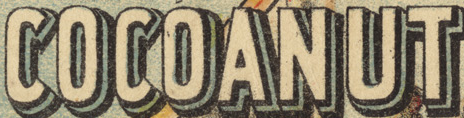
COCOANUT